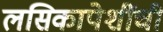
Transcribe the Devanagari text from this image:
लसिकापेशींची